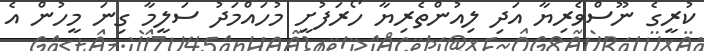
ކުރީގެ ނޫސްވެރިޔާ އަދި ލިއުންތެރިޔާ ހޯރަފުށީ މުހައްމަދު ސަލީމާ ގިނަ މީހުން އެ